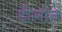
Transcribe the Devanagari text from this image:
डीलोन